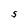
Character: S